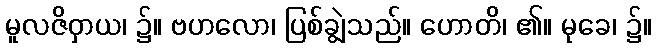
မူလဇိဝှာယ၊ ၌။ ဗဟလော၊ ပြစ်ချွဲသည်။ ဟောတိ၊ ၏။ မုခေ၊ ၌။